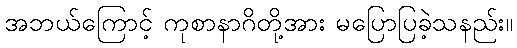
အဘယ်ကြောင့် ကုစာနာဂိတို့အား မပြောပြခဲ့သနည်း။